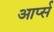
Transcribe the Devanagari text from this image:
आर्प्स